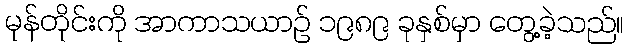
မုန်တိုင်းကို အာကာသယာဉ် ၁၉၈၉ ခုနှစ်မှာ တွေ့ခဲ့သည်။